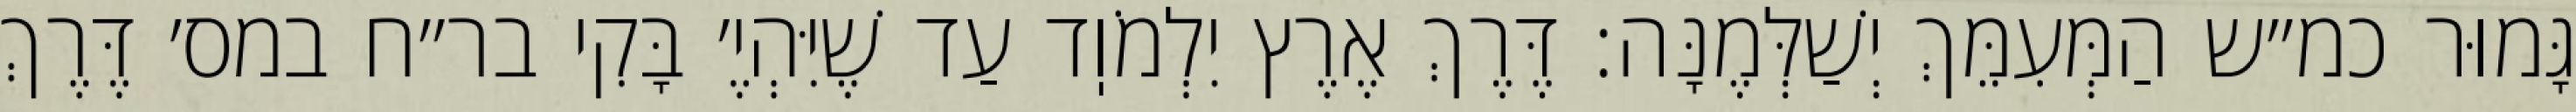
גָּמוּר כמ״ש הַמְּעִמֵּךְ יְשַׁלְּמֶנָּה: דֶּרֶךְ אֶרֶץ יִלְמֹוֽד עַד שֶׁיִּהְיֶ׳ בָּקִי בר״ח במס׳ דֶּרֶךְ